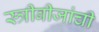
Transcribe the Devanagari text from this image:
स्त्रीबीजांची